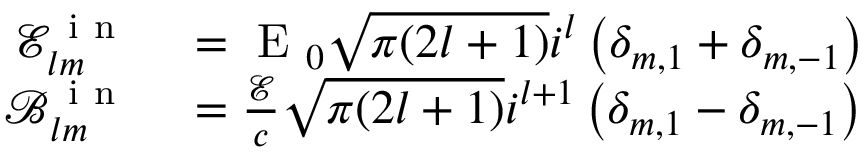
\begin{array} { r l } { \mathcal { E } _ { l m } ^ { \mathrm { ~ i ~ n ~ } } } & { { } = \mathrm { ~ E ~ } _ { 0 } \sqrt { \pi ( 2 l + 1 ) } i ^ { l } \left( \delta _ { m , 1 } + \delta _ { m , - 1 } \right) } \\ { \mathcal { B } _ { l m } ^ { \mathrm { ~ i ~ n ~ } } } & { { } = \frac { \mathcal { E } } { c } \sqrt { \pi ( 2 l + 1 ) } i ^ { l + 1 } \left( \delta _ { m , 1 } - \delta _ { m , - 1 } \right) } \end{array}